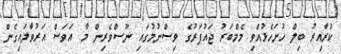
ކުރާއިރު ބިލް ހުށަހެޅުއްވި މެމްބަރު ޖައުފަރުގެ ވިސްނުމުގައި ނޫސްވެރިން މާ އަވަސް އަރުވާލައިގެން